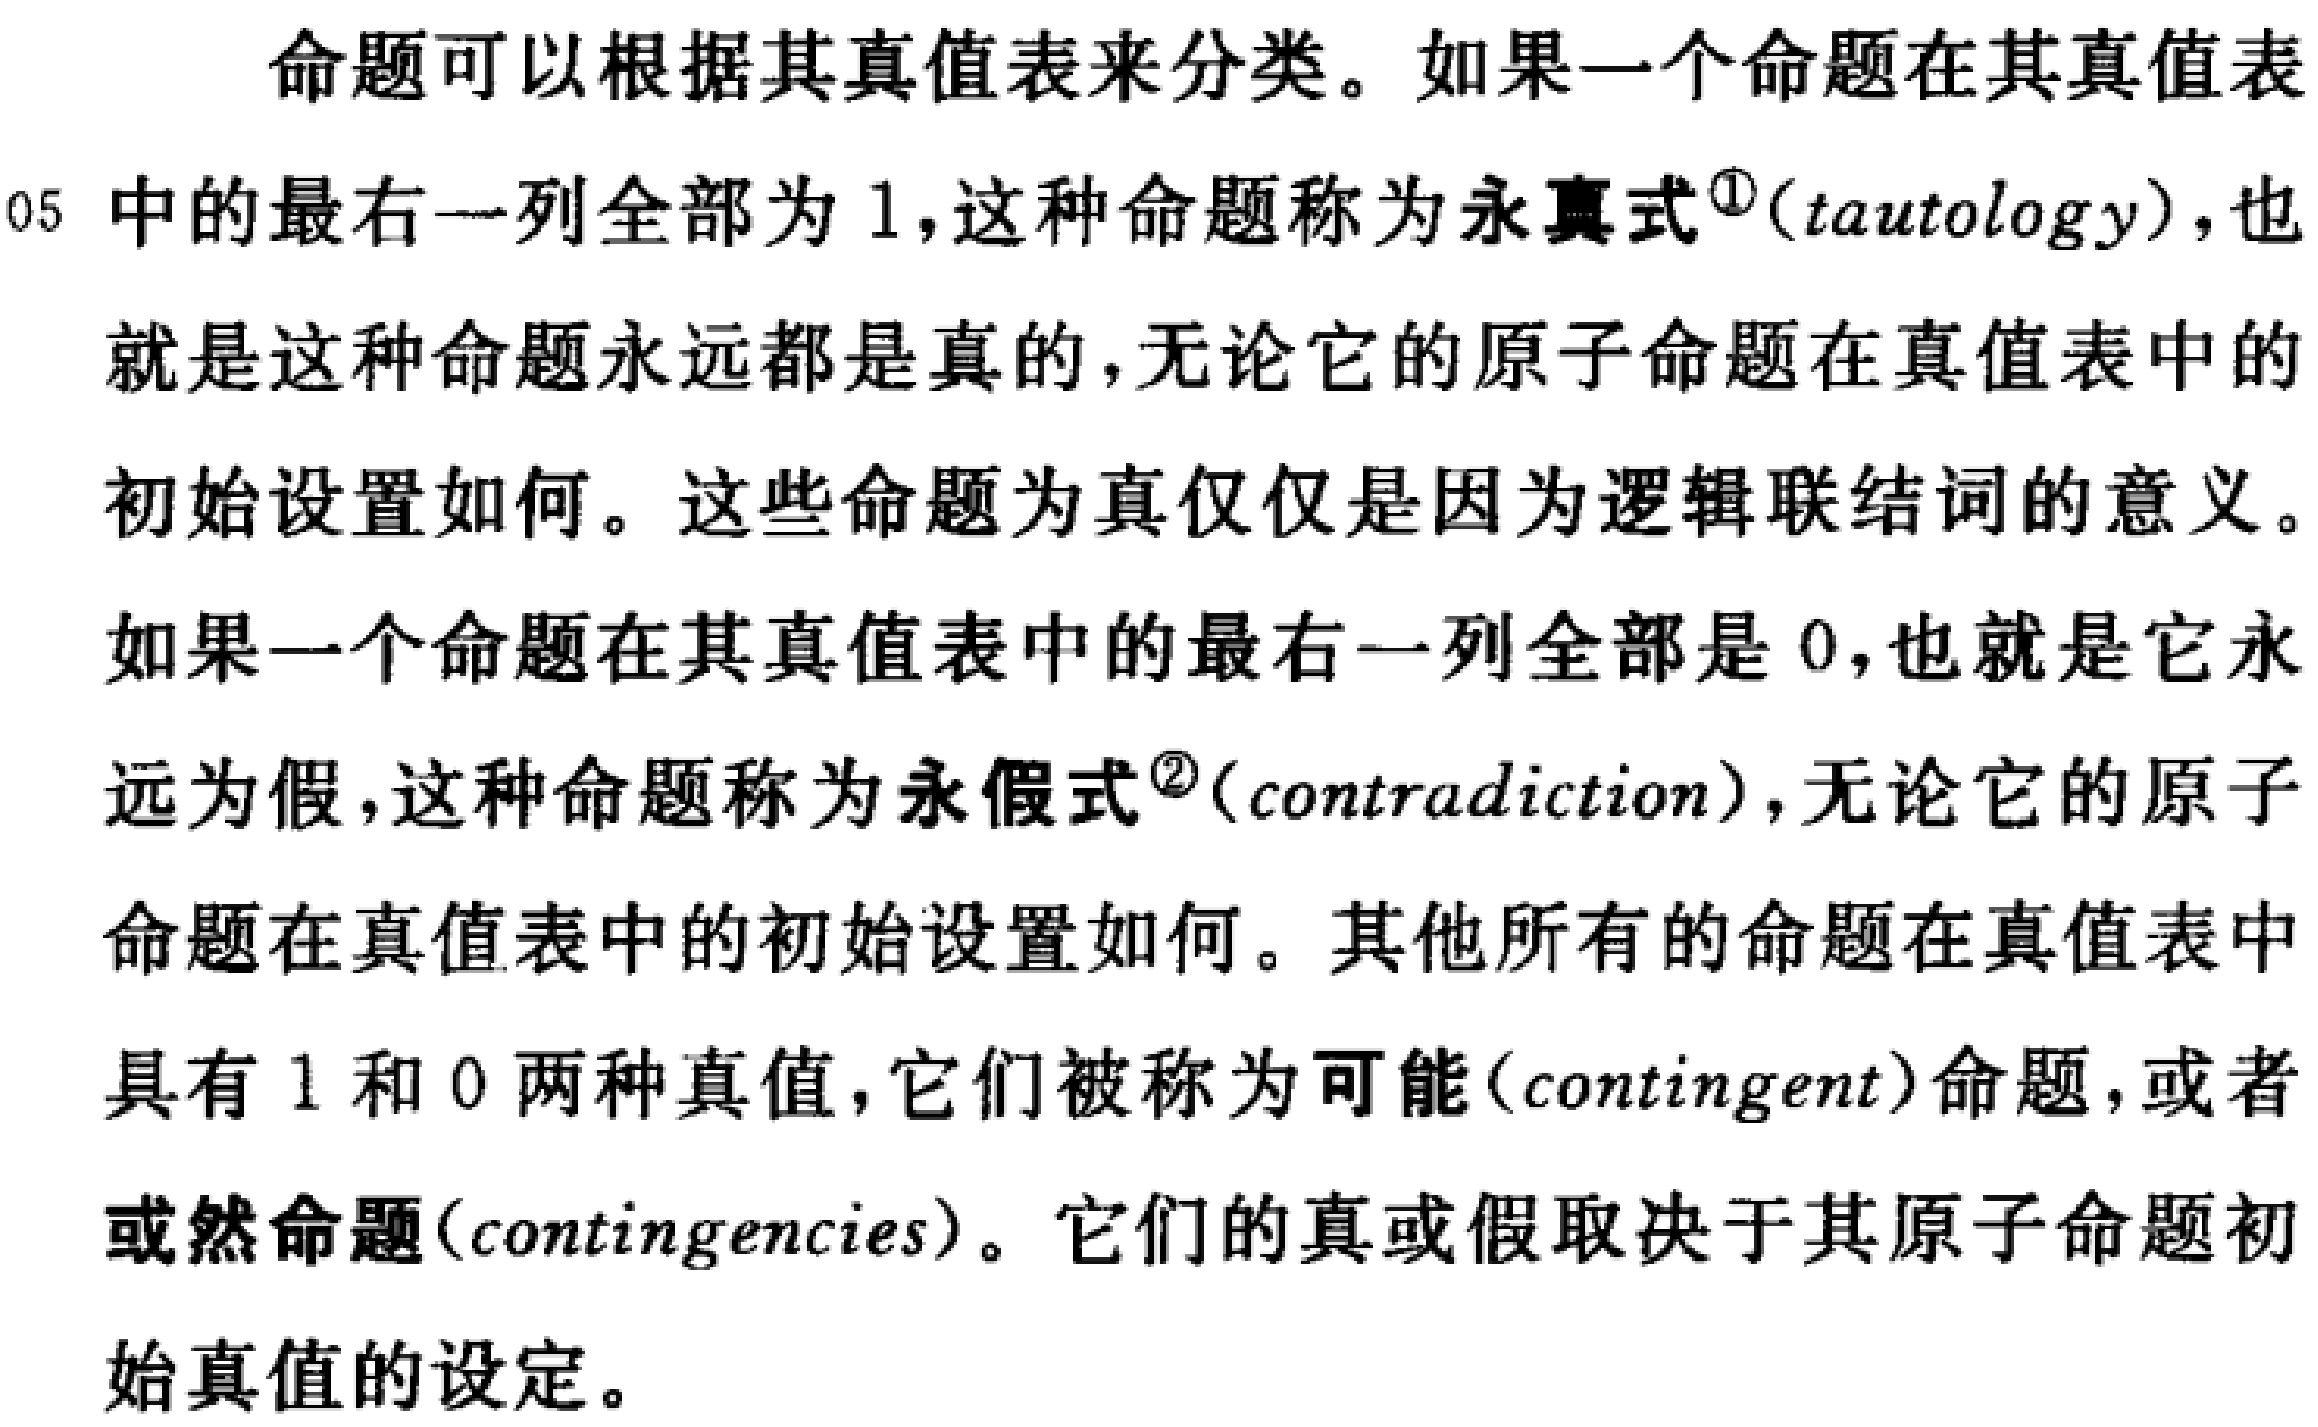
命题可以根据其真值表来分类。如果一个命题在其真值表
中的最右一列全部为 1，这种命题称为永真式\textsuperscript{\textcircled{1}}(tautology)，也
就是这种命题永远都是真的，无论它的原子命题在真值表中的
初始设置如何。这些命题为真仅仅是因为逻辑联结词的意义。
如果一个命题在其真值表中的最右一列全部是 0，也就是它永
远为假，这种命题称为永假式\textsuperscript{\textcircled{2}}(contradiction)，无论它的原子
命题在真值表中的初始设置如何。其他所有的命题在真值表中
具有 1 和 0 两种真值，它们被称为可能(contingent)命题，或者
或然命题(contingencies)。它们的真或假取决于其原子命题初
始真值的设定。